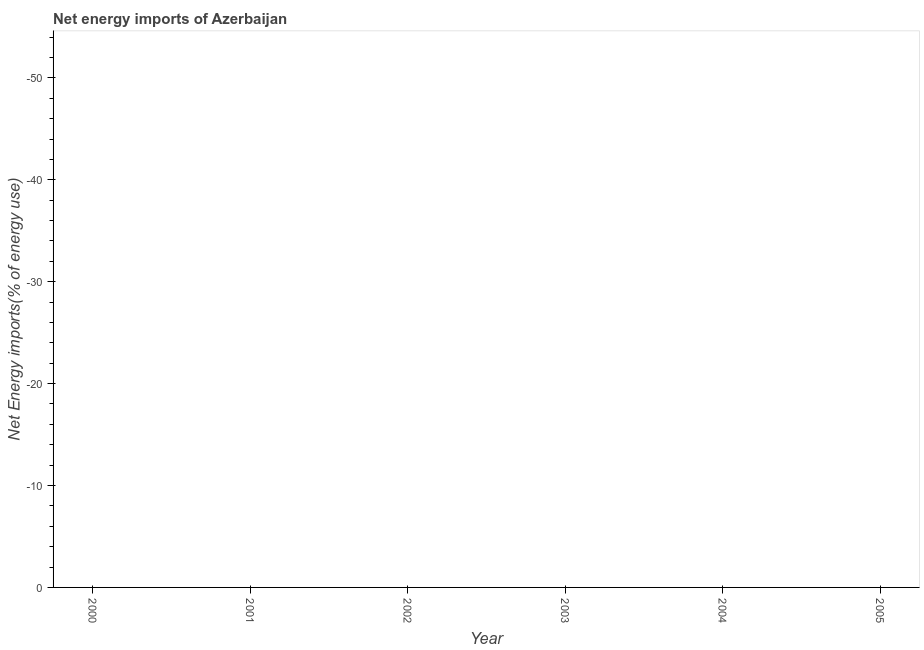
| Year | Energy imports |
 | --- | --- |
 | 2000 | -66.5 |
 | 2001 | -71.2 |
 | 2002 | -71 |
 | 2003 | -63.2 |
 | 2004 | -56.9 |
 | 2005 | -103 |